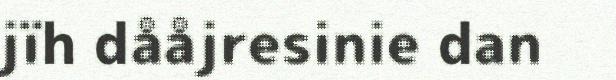
jïh dååjresinie dan